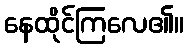
နေထိုင်ကြလေ၏။